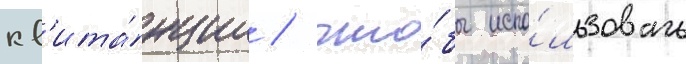
кв'ита́нции / что́бы испо́льзовать